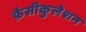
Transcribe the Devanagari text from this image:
फ़ैसीकुलेशन